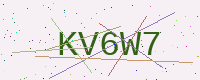
Text: KV6W7